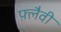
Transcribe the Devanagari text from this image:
फ़्लैवी